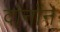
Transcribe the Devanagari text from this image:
दोनोंने